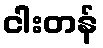
ငါးတန်